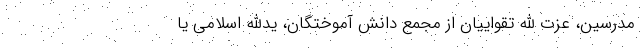
مدرسین، عزت الله تقواییان از مجمع دانش آموختگان، یدالله اسلامی یا